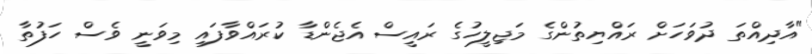
"އާދިއްތަ ދުވަހަށް ރައްޔިތުންގެ މަޖިލީހުގެ ރައީސް އެޖެންޑާ ކުރައްވާފައި މިވަނީ ވެސް ހަފުތާ